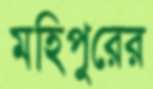
মহিপুরের